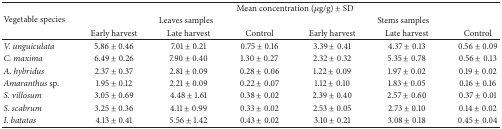
<table><thead><tr><td rowspan="3"><b>Vegetable species</b></td><td colspan="6"><b>Mean concentration (<i>μ</i>g/g) ± SD</b></td></tr><tr><td colspan="3"><b>Leaves samples</b></td><td colspan="3"><b>Stems samples</b></td></tr><tr><td><b>Early harvest</b></td><td><b>Late harvest</b></td><td><b>Control</b></td><td><b>Early harvest</b></td><td><b>Late harvest</b></td><td><b>Control</b></td></tr></thead><tbody><tr><td><i>V. unguiculata</i></td><td>5.86 ± 0.46</td><td>7.01 ± 0.21</td><td>0.75 ± 0.16</td><td>3.39 ± 0.41</td><td>4.37 ± 0.13</td><td>0.56 ± 0.09</td></tr><tr><td><i>C. maxima</i></td><td>6.49 ± 0.26</td><td>7.90 ± 0.40</td><td>1.30 ± 0.27</td><td>2.32 ± 0.32</td><td>5.35 ± 0.78</td><td>0.56 ± 0.13</td></tr><tr><td><i>A. hybridus</i></td><td>2.37 ± 0.37</td><td>2.81 ± 0.09</td><td>0.28 ± 0.06</td><td>1.22 ± 0.09</td><td>1.97 ± 0.02</td><td>0.19 ± 0.02</td></tr><tr><td><i>Amaranthus </i>sp.</td><td>1.95 ± 0.12</td><td>2.21 ± 0.09</td><td>0.22 ± 0.07</td><td>1.12 ± 0.10</td><td>1.83 ± 0.05</td><td>0.16 ± 0.16</td></tr><tr><td><i>S. villosum</i></td><td>3.05 ± 0.69</td><td>4.48 ± 1.61</td><td>0.38 ± 0.02</td><td>2.39 ± 0.40</td><td>2.57 ± 0.60</td><td>0.37 ± 0.01</td></tr><tr><td><i>S. scabrum</i></td><td>3.25 ± 0.36</td><td>4.11 ± 0.99</td><td>0.33 ± 0.02</td><td>2.53 ± 0.05</td><td>2.73 ± 0.10</td><td>0.14 ± 0.02</td></tr><tr><td><i>I. batatas</i></td><td>4.13 ± 0.41</td><td>5.56 ± 1.42</td><td>0.43 ± 0.02</td><td>3.10 ± 0.21</td><td>3.08 ± 0.18</td><td>0.45 ± 0.04</td></tr></tbody></table>